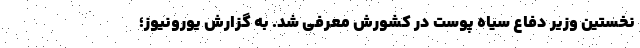
نخستین وزیر دفاع سیاه پوست در کشورش معرفی شد. به گزارش یورونیوز؛